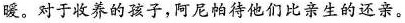
暖。对于收养的孩子，阿尼帕待他们比亲生的还亲。